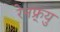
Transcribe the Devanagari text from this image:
रेनफ्र्यु